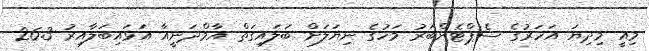
މިއީ މިދިޔަ އަހަރުގެ ސެޕްޓެންބަރު މަހުގެ ނިޔަލަށް ބަލައިގަތް އާމްދަނީއާ އަޅައިބަލާއިރު 26.3